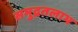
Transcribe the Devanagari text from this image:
समुद्रतलाभ